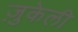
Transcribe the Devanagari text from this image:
ज़ुकेली